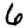
Digit: 6